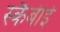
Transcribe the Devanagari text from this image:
स्कैबीई